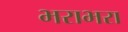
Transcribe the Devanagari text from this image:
भराभरा